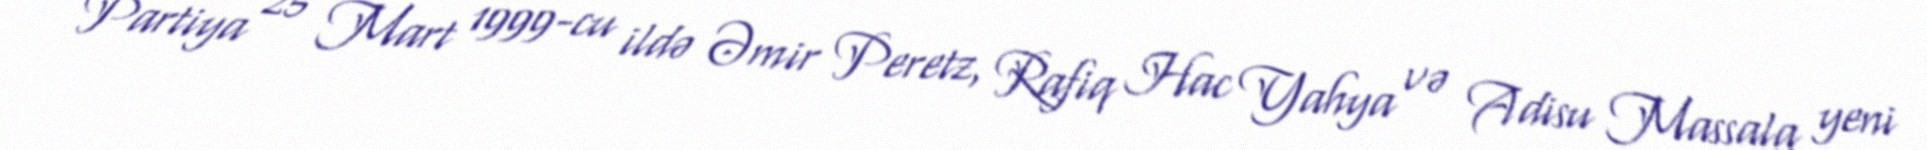
Partiya 25 Mart 1999-cu ildə Əmir Peretz, Rafiq Hac Yahya və Adisu Massala yeni